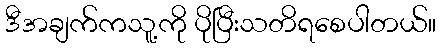
ဒီအချက်ကသူ့ကို ပိုပြီးသတိရစေပါတယ်။